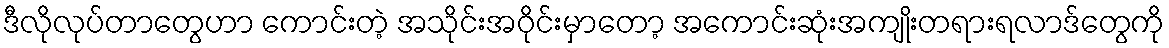
ဒီလိုလုပ်တာတွေဟာ ကောင်းတဲ့ အသိုင်းအဝိုင်းမှာတော့ အကောင်းဆုံးအကျိုးတရားရလာဒ်တွေကို